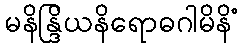
မနိန္ဒြိယနိရောဓဂါမိနိံ